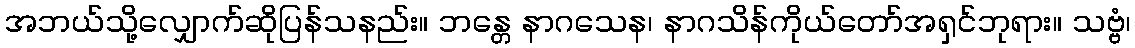
အဘယ်သို့လျှောက်ဆိုပြန်သနည်း။ ဘန္တေ နာဂသေန၊ နာဂသိန်ကိုယ်တော်အရှင်ဘုရား။ သဗ္ဗံ၊